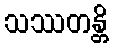
သဿတန္တိ